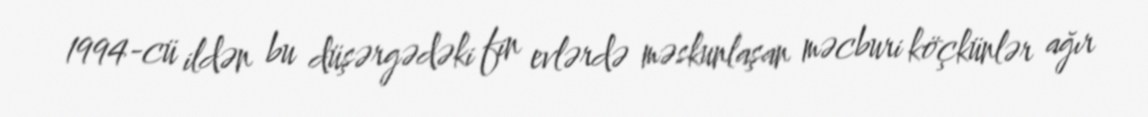
1994-cü ildən bu düşərgədəki fin evlərdə məskunlaşan məcburi köçkünlər ağır